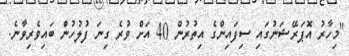
"މިހާރު އޮޕަރޭޝަނުގައި ސިފައިންގެ އިތުރުން 40 އަށް ވުރެ ގިނަ ފުލުހުން ބައިވެރިވާނެ.